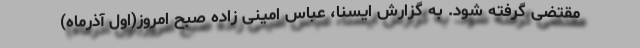
مقتضی گرفته شود. به گزارش ایسنا، عباس امینی زاده صبح امروز(اول آذرماه)